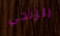
الزنجي